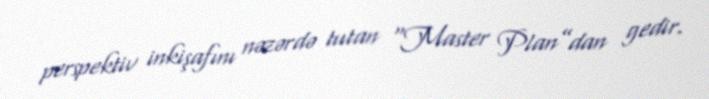
perspektiv inkişafını nəzərdə tutan “Master Plan”dan gedir.